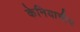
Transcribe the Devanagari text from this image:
केनियाचीच